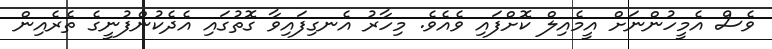
ވެސް އެމީހުންނަށް އީމެއިލް ކޮށްފައި ވެއެވެ. މިހާރު އެނގިފައިވާ ގޮތުގައި އެދެކުންފުނީގެ ތެރެއިން